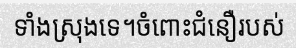
ទាំងស្រុងទេ។ចំពោះជំនឿរបស់